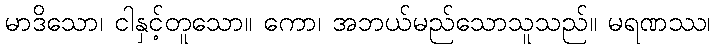
မာဒိသော၊ ငါနှင့်တူသော။ ကော၊ အဘယ်မည်သောသူသည်။ မရဏဿ၊